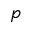
p